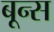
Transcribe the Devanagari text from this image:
बून्स